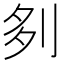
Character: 𠛫